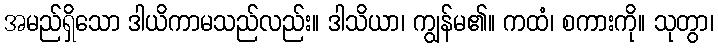
အမည်ရှိသော ဒါယိကာမသည်လည်း။ ဒါသိယာ၊ ကျွန်မ၏။ ကထံ၊ စကားကို။ သုတွာ၊